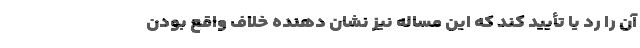
آن را رد یا تأیید کند که این مساله نیز نشان دهنده خلاف واقع بودن